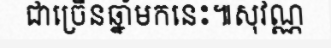
ជាច្រើនឆ្នាំមកនេះ៕សុវណ្ណ